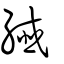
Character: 纖